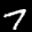
Label: 7